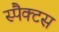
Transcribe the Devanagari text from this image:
स्पैक्टस